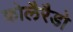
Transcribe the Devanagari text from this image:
कोलैरैडो